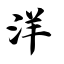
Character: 洋